Juuru_vallavalitsus, lk 25
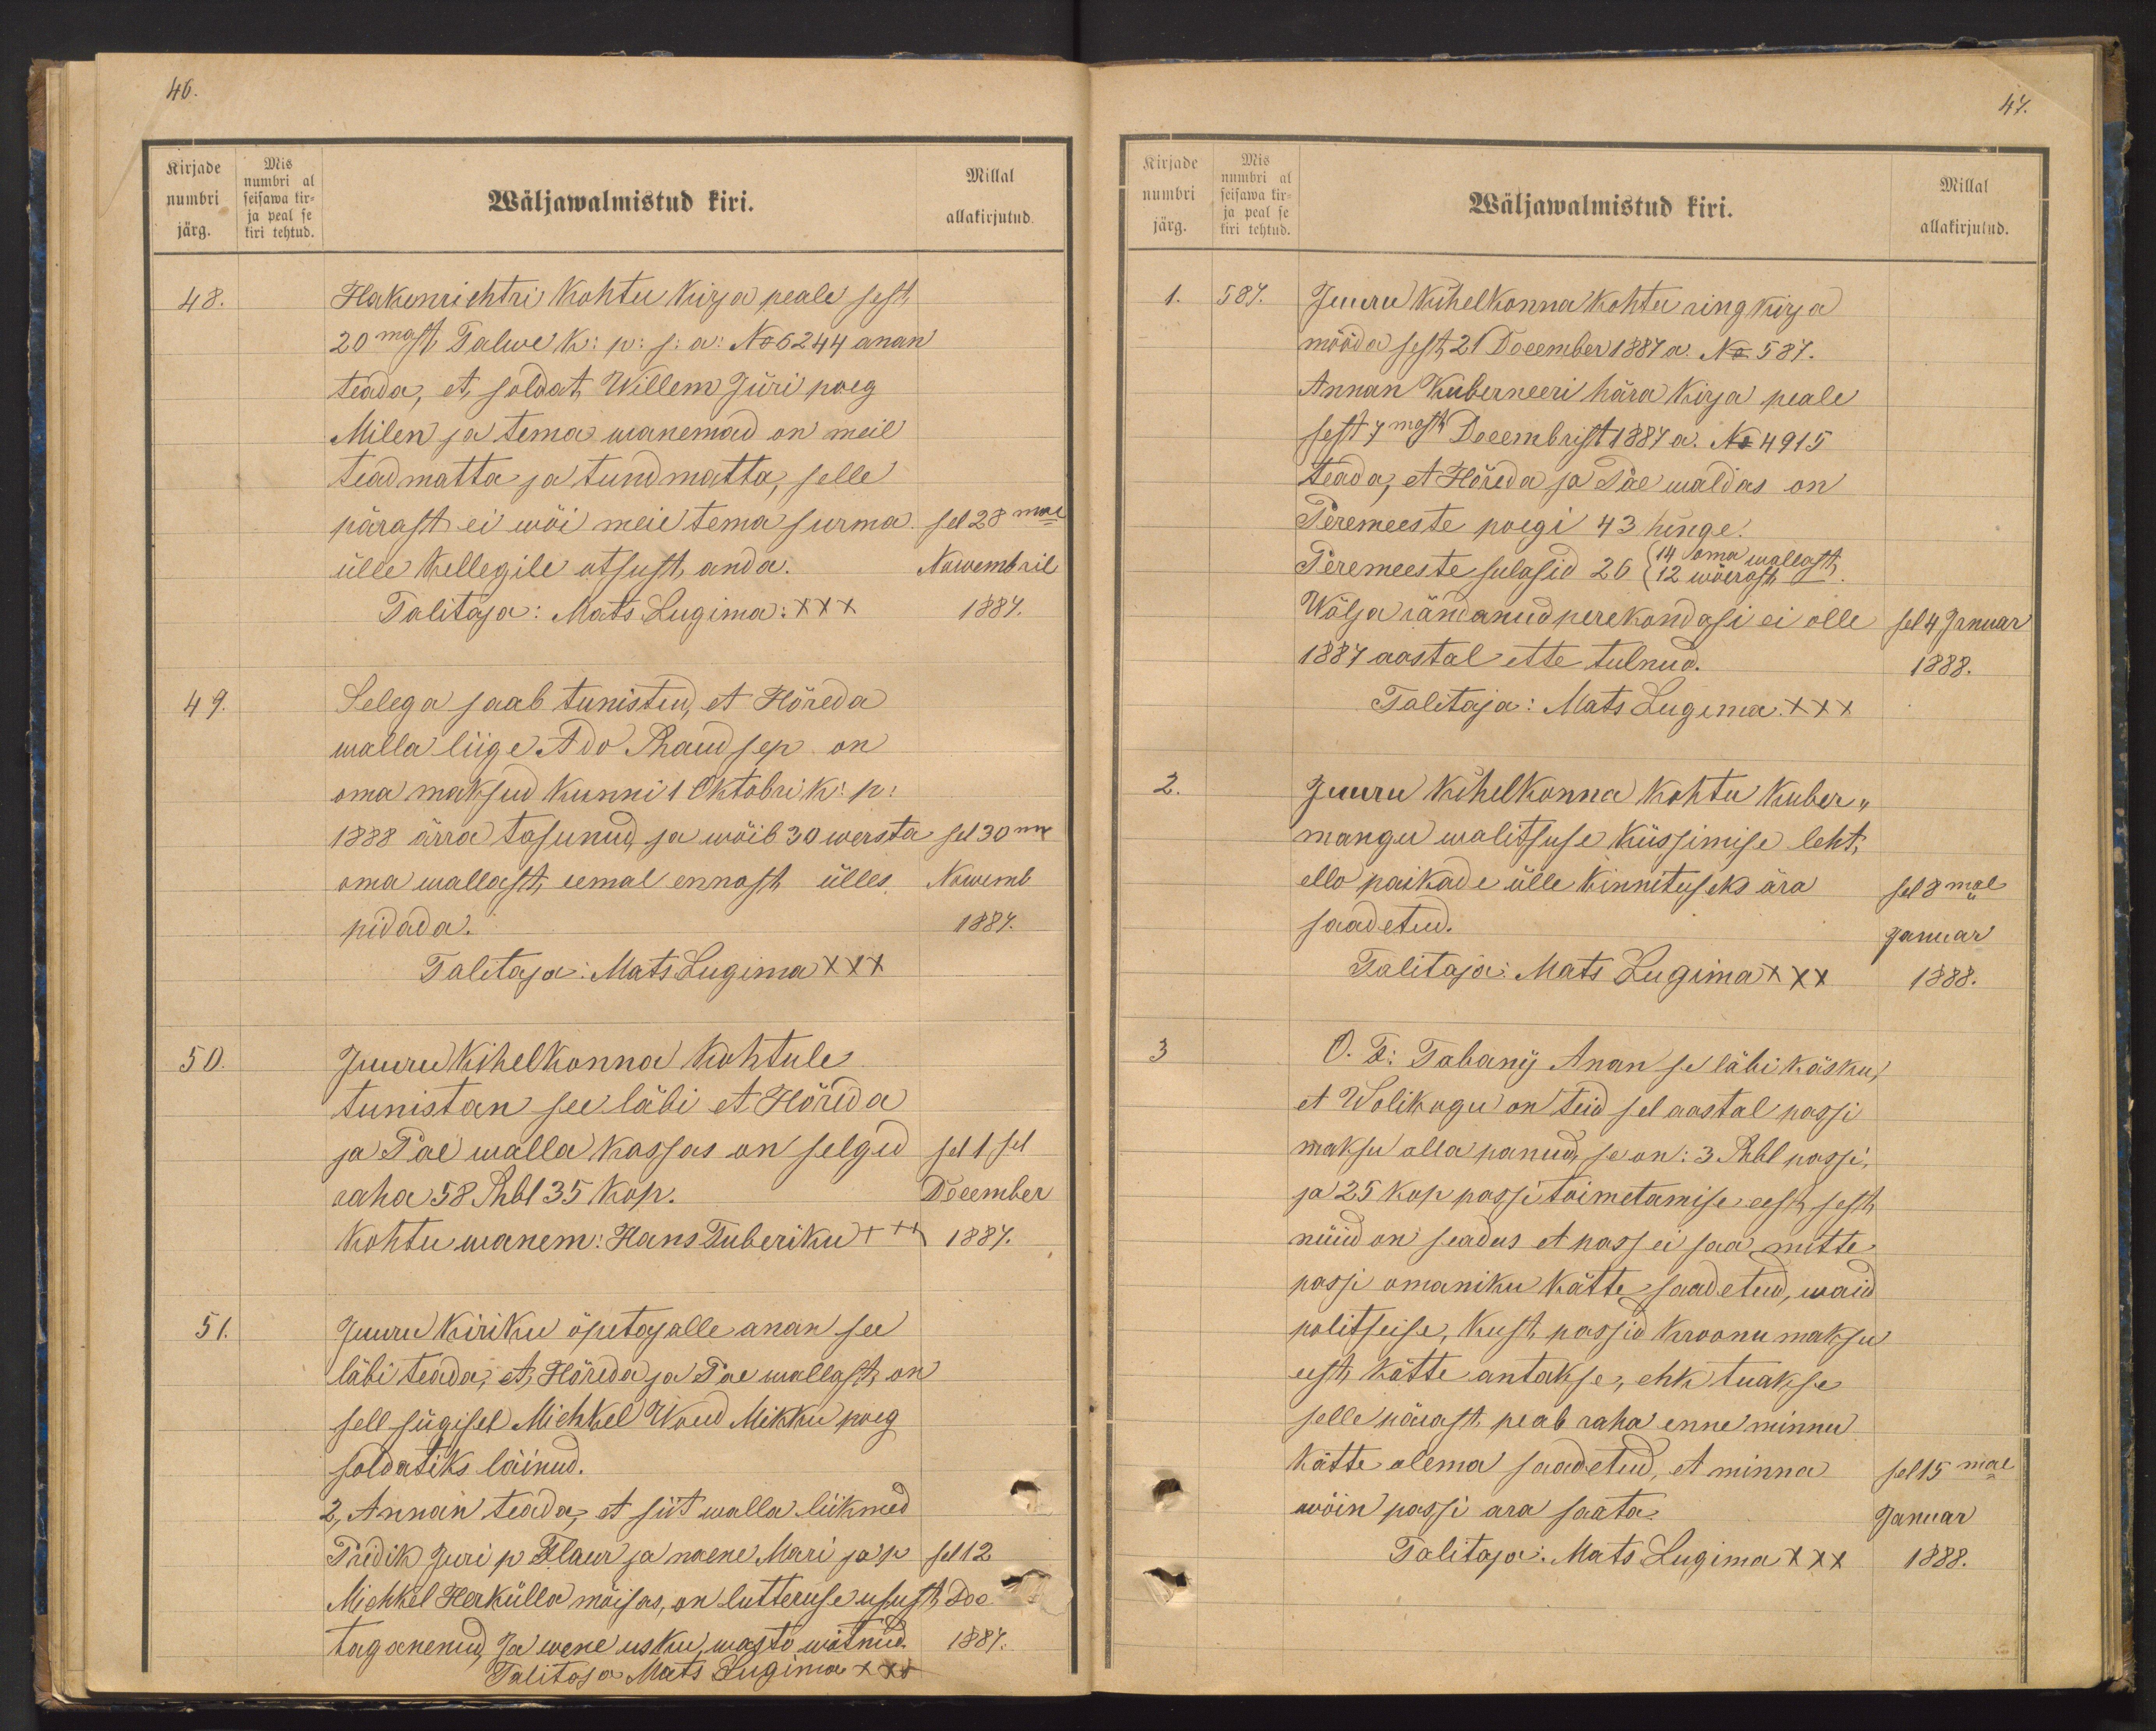
Kirjade
numbri
järg.
Mis
numbri al
seisawa kir-
ja peal se
kiri tehtud.

46.
Millal
Wäljawalmistud kiri.
allakirjutud.
48.
Hakenrichtri kohtu kirja peale sest,
20mast Talwe k: p: s: a: No 5244 anan
teada, et soldat Willem Jüri poeg
Milen ja tema wanemad on meil
teadmatta ja tundmatta, selle
pärast ei wõi meie tema surma
sel 28mal
ülle kellegile otsust anda.
Nowembril
Talitaja: Mats Lugima XXX
1887.
49.
Selega saab tunistud, et Hõreda
walla liige Ado Raudsep on
oma maksud kunni 1 Oktobri k. p.
1888 ärra tasunud, ja wõib 30 wersta sel 30 mal
oma wallast, eemal ennast ülles Nowemb
pidada.
1887.
Talitaja: Mats Lugima XXX
50.
Juuru kihelkonna kohtule
tunistan see läbi et Höreda
ja Pae walla kassas on selged
sel 1sel
raha 58 Rbl 35 kop.
December
kohtu wanem: Hans Tuberiku
1887.
51.
Juuru kiriku õpetajalle anan see
läbi teada, et Hõreda ja Pae wallast, on
sell sügisel Michkel Waud Mikku poeg
soldatiks läinud.
2, Annan teada, et siit walla liikmed
Pridik Juri p Flaur ja naene Mari ja p sel 12
Michkel Herkülla mõisas, on luteruse usust, doe
taganenud ka wene usku, wasto wõtnud
1887.
Talitaja Mats Lugima xxx

Kirjade
numbri
järg.
Mis
numbri al
seisawa kir-
ja peal se
kiri tehtud.

47.
Wäljawalmistud kiri.
Millal
allakirjutud.
1. 587.
Juuru kihelkonna kohtu ringkirja
mööda sest 21 December 1887 a. No 587.
Annan Kuberneeri hära kirja peale
sest 7mast Decembrist 1887 a. No 4915
teada, et Hõreda ja Pae waldas on
Peremeeste poigi 43 hinge.
Peremeeste sulasid 26 (12 wõerast -)
(14 oma wallast)
Wälja rändanud perekondasi ei olle
Sel 4 Januar
1887 aastal ette tulnud.
1888.
Talitaja: Mats Lugina XXX
2.
Juuru kihelkonna kohtu kuber-
mangu walitsuse Küssimise leht,
ellu paikade ülle, kinnituseks ära
sel 8mal
saadetud.
Januar
Talitaja: Mats Lugima XXX
1888.
3
O. T: Tabany, Anan se läbi käsku,
et Wolikugu on teid sel aastal passi
maksu alla panud, se on: 3 Rbl passi,
ja 25 kop passi toimetamise eest sest
nüüd on seadus et pass ei saa mitte
passi omaniku kätte saadetud, waid
politseise, kust passid kroonu maksu
eest kätte antakse, ehk tuakse
selle pärast peab raha enne minnu
kätte olema saadetud, et minna
sel 15mal
wõin passi ära saata.
Januar
Talitaja: Mats Lugima XXX
1888.